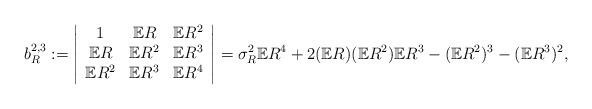
LaTeX: \begin{align*}b_R^{2,3} := \left| \begin{array}{ccc}1 & \mathbb{E}R & \mathbb{E}R^2 \\\mathbb{E}R & \mathbb{E}R^2 & \mathbb{E}R^3 \\\mathbb{E}R^2 & \mathbb{E}R^3 & \mathbb{E}R^4 \end{array} \right| = \sigma_R^2\mathbb{E}R^4 + 2(\mathbb{E}R)(\mathbb{E}R^2)\mathbb{E}R^3 - (\mathbb{E}R^2)^3 - (\mathbb{E}R^3)^2,\end{align*}